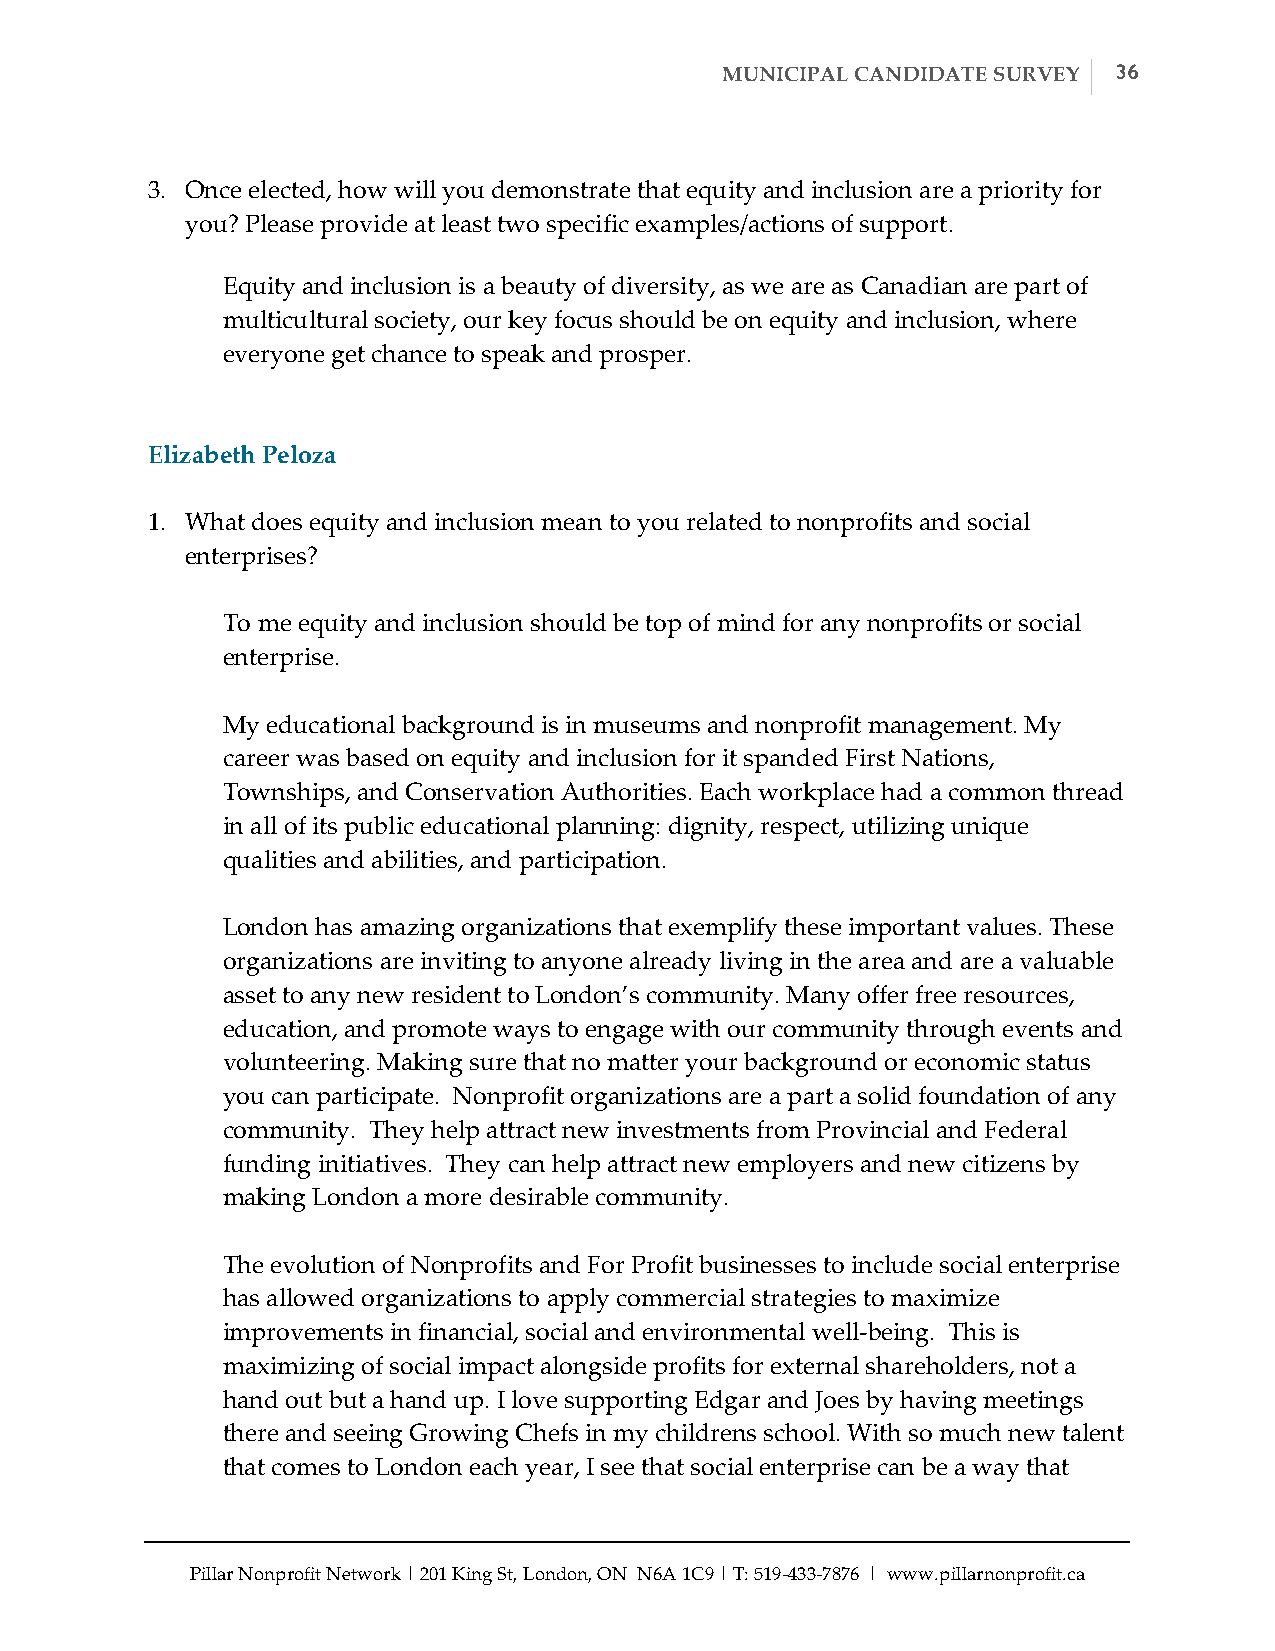
MUNICIPAL CANDIDATE SURVEY 36
 3. Once elected, how will you demonstrate that equity and inclusion are a priority for
 you? Please provide at least two specific examples/actions of support.
 Equity and inclusion is a beauty of diversity, as we are as Canadian are part of
 multicultural society, our key focus should be on equity and inclusion, where
 everyone get chance to speak and prosper.
 Elizabeth Peloza
 1. What does equity and inclusion mean to you related to nonprofits and social
 enterprises?
 To me equity and inclusion should be top of mind for any nonprofits or social
 enterprise.
 My educational background is in museums and nonprofit management. My
 career was based on equity and inclusion for it spanded First Nations,
 Townships, and Conservation Authorities. Each workplace had a common thread
 in all of its public educational planning: dignity, respect, utilizing unique
 qualities and abilities, and participation.
 London has amazing organizations that exemplify these important values. These
 organizations are inviting to anyone already living in the area and are a valuable
 asset to any new resident to London’s community. Many offer free resources,
 education, and promote ways to engage with our community through events and
 volunteering. Making sure that no matter your background or economic status
 you can participate. Nonprofit organizations are a part a solid foundation of any
 community. They help attract new investments from Provincial and Federal
 funding initiatives. They can help attract new employers and new citizens by
 making London a more desirable community.
 The evolution of Nonprofits and For Profit businesses to include social enterprise
 has allowed organizations to apply commercial strategies to maximize
 improvements in financial, social and environmental well-­‐‑being. This is
 maximizing of social impact alongside profits for external shareholders, not a
 hand out but a hand up. I love supporting Edgar and Joes by having meetings
 there and seeing Growing Chefs in my childrens school. With so much new talent
 that comes to London each year, I see that social enterprise can be a way that
 Pillar Nonprofit Network | 201 King St, London, ON N6A 1C9 | T: 519-­‐‑433-­‐‑7876 | www.pillarnonprofit.ca